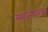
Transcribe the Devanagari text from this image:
स्थापनेनंतरसुद्धा